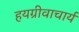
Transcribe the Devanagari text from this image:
हयग्रीवाचार्य